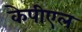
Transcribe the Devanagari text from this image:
केपीएल